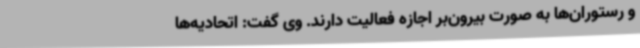
و رستوران‌ها به صورت بیرون‌بر اجازه فعالیت دارند. وی گفت: اتحادیه‌ها